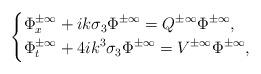
LaTeX: \begin{align*} \left\{ \begin{aligned} &\Phi^{\pm\infty}_x+ik\sigma_3\Phi^{\pm\infty}=Q^{\pm\infty}\Phi^{\pm\infty}, \\ &\Phi^{\pm\infty}_t+4ik^3\sigma_3\Phi^{\pm\infty}=V^{\pm\infty}\Phi^{\pm\infty}, \end{aligned} \right.\end{align*}